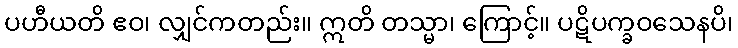
ပဟီယတိ ဧဝ၊ လျှင်ကတည်း။ ဣတိ တသ္မာ၊ ကြောင့်။ ပဋိပက္ခဝသေနပိ၊